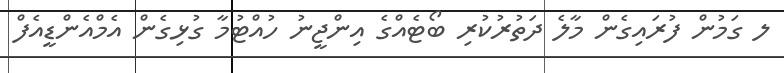
ލ ގަމުން ފުރައިގެން މާލެ ދަތުރުކުރި ބޯޓެއްގެ އިންޖީނު ހުއްޓުމާ ގުޅިގެން އެމްއެންޑީއެފް